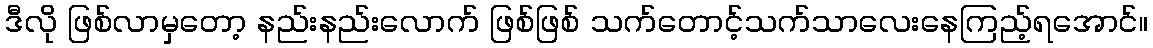
ဒီလို ဖြစ်လာမှတော့ နည်းနည်းလောက် ဖြစ်ဖြစ် သက်တောင့်သက်သာလေးနေကြည့်ရအောင်။